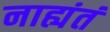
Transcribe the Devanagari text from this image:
नाह्यंतं